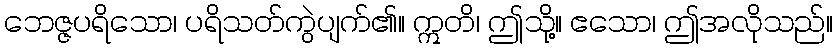
ဘေဇ္ဇပရိသော၊ ပရိသတ်ကွဲပျက်၏။ ဣတိ၊ ဤသို့။ ဧသော၊ ဤအလိုသည်။